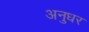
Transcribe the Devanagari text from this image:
अनुधर